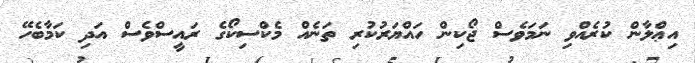
އިޢްލާން ކުރެއްވި ނަމަވެސް ޖޯކިން ހައްޔަރުކުރި ތަނެއް މެކްސިކޯގެ ރައީސްވެސް އަދި ކަމާބެހޭ